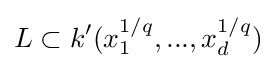
L\subset k'(x_{1}^{1/q},...,x_{d}^{1/q})